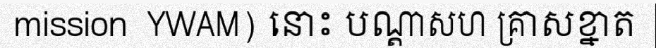
mission  YWAM) នោះ បណ្តាសហ គ្រាសខ្នាត